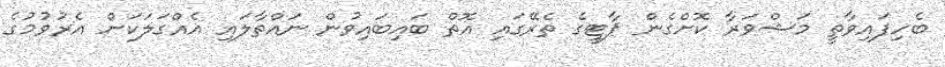
ބެހިފައިވާތީ މަޝްވަރާ ކޮށްގެން ޕާޓީގެ ތެރޭގައި އޮތް ބައިބައިވުން ނައްތާލައި އެއްގަލަކަށް އެރުވުމުގެ